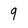
Character: 9